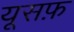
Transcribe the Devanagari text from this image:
यूसफ़